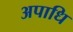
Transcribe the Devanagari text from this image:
अपाधि